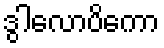
ဒွါလောပိကော